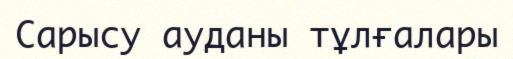
Сарысу ауданы тұлғалары